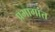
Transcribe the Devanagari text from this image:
प्रभागांत